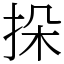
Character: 挆